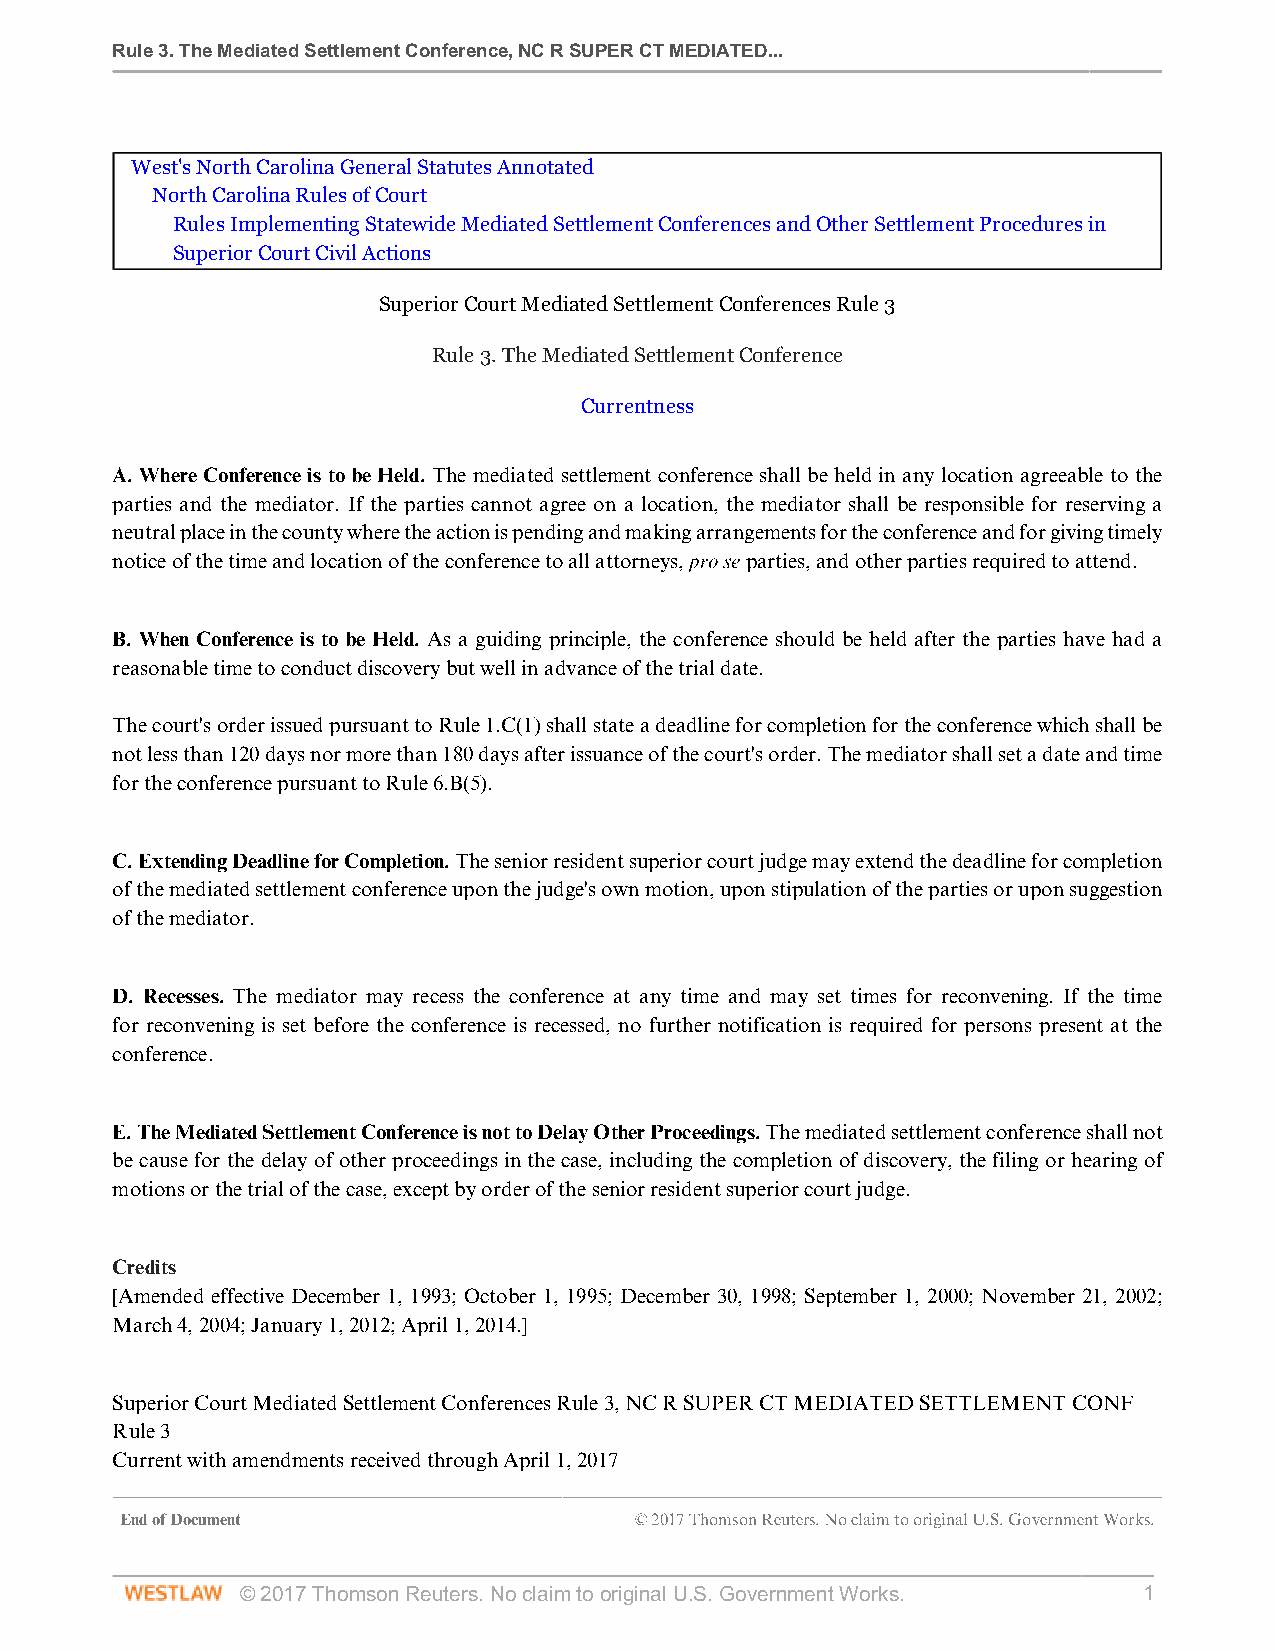
Rule 3. The Mediated Settlement Conference, NC R SUPER CT MEDIATED...
 West's North Carolina General Statutes Annotated
 North Carolina Rules of Court
 Rules Implementing Statewide Mediated Settlement Conferences and Other Settlement Procedures in
 Superior Court Civil Actions
 Superior Court Mediated Settlement Conferences Rule 3
 Rule 3. The Mediated Settlement Conference
 Currentness
 A. Where Conference is to be Held. The mediated settlement conference shall be held in any location agreeable to the
 parties and the mediator. If the parties cannot agree on a location, the mediator shall be responsible for reserving a
 neutral place in the county where the action is pending and making arrangements for the conference and for giving timely
 notice of the time and location of the conference to all attorneys, pro se parties, and other parties required to attend.
 B. When Conference is to be Held. As a guiding principle, the conference should be held after the parties have had a
 reasonable time to conduct discovery but well in advance of the trial date.
 The court's order issued pursuant to Rule 1.C(1) shall state a deadline for completion for the conference which shall be
 not less than 120 days nor more than 180 days after issuance of the court's order. The mediator shall set a date and time
 for the conference pursuant to Rule 6.B(5).
 C. Extending Deadline for Completion. The senior resident superior court judge may extend the deadline for completion
 of the mediated settlement conference upon the judge's own motion, upon stipulation of the parties or upon suggestion
 of the mediator.
 D. Recesses. The mediator may recess the conference at any time and may set times for reconvening. If the time
 for reconvening is set before the conference is recessed, no further notification is required for persons present at the
 conference.
 E. The Mediated Settlement Conference is not to Delay Other Proceedings. The mediated settlement conference shall not
 be cause for the delay of other proceedings in the case, including the completion of discovery, the filing or hearing of
 motions or the trial of the case, except by order of the senior resident superior court judge.
 Credits
 [Amended effective December 1, 1993; October 1, 1995; December 30, 1998; September 1, 2000; November 21, 2002;
 March 4, 2004; January 1, 2012; April 1, 2014.]
 Superior Court Mediated Settlement Conferences Rule 3, NC R SUPER CT MEDIATED SETTLEMENT CONF
 Rule 3
 Current with amendments received through April 1, 2017
 End of Document                   © 2017 Thomson Reuters. No claim to original U.S. Government Works.
 © 2017 Thomson Reuters. No claim to original U.S. Government Works. 1